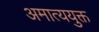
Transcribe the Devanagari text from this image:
अमात्ययुक्त